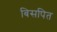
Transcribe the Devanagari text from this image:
बिसपित